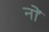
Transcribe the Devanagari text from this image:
नों